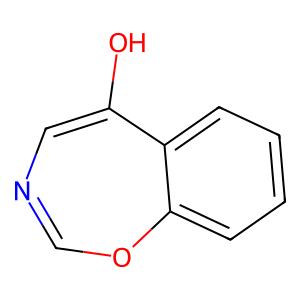
SMILES: OC1=CN=COc2ccccc21
Inhibits HIV replication: No